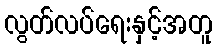
လွတ်လပ်ရေးနှင့်အတူ